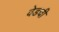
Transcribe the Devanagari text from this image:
वेडची